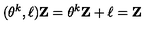
( \theta ^ { k } , { \bf \ell } ) { \bf Z } = \theta ^ { k } { \bf Z } + { \bf \ell } = { \bf Z }